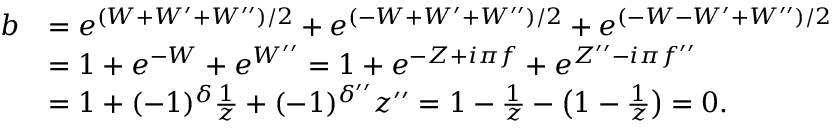
\begin{array} { r l } { b } & { = e ^ { ( W + W ^ { \prime } + W ^ { \prime \prime } ) / 2 } + e ^ { ( - W + W ^ { \prime } + W ^ { \prime \prime } ) / 2 } + e ^ { ( - W - W ^ { \prime } + W ^ { \prime \prime } ) / 2 } } \\ & { = 1 + e ^ { - W } + e ^ { W ^ { \prime \prime } } = 1 + e ^ { - Z + i \pi f } + e ^ { Z ^ { \prime \prime } - i \pi f ^ { \prime \prime } } } \\ & { = 1 + ( - 1 ) ^ { \delta } \frac { 1 } { z } + ( - 1 ) ^ { \delta ^ { \prime \prime } } z ^ { \prime \prime } = 1 - \frac { 1 } { z } - \bigl ( 1 - \frac { 1 } { z } \bigr ) = 0 . } \end{array}